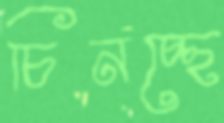
চিনচ্ছে